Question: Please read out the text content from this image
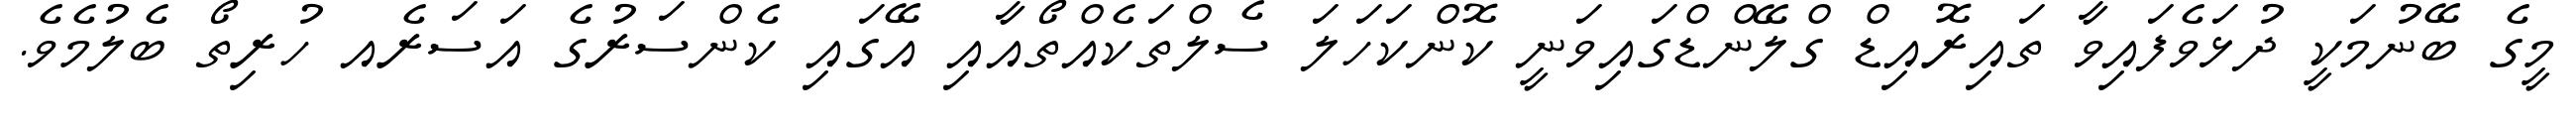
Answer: މީގެ ބޭނުމަކީ ދުޅަވެފައިވާ ތައިރޮއިޑް ގްލޭންޑްގައިވަނީ ކޮންކަހަލަ ސެލްތަކެއްތޯއާއި އޭގައި ކެންސަރުގެ އަސަރެއ ހުރިތޯ ބެލުމެވެ.